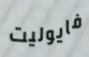
فايوليت